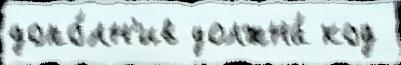
допо́лн'ив должна́ код